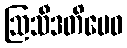
ဩသီဒတိမေဝ